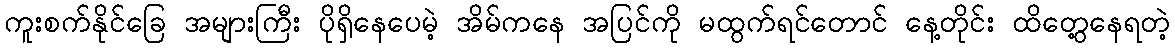
ကူးစက်နိုင်ခြေ အများကြီး ပိုရှိနေပေမဲ့ အိမ်ကနေ အပြင်ကို မထွက်ရင်တောင် နေ့တိုင်း ထိတွေ့နေရတဲ့